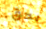
يحق